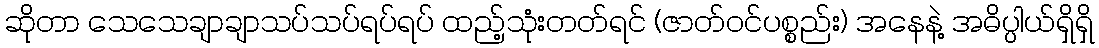
ဆိုတာ သေသေချာချာသပ်သပ်ရပ်ရပ် ထည့်သုံးတတ်ရင် (ဇာတ်ဝင်ပစ္စည်း) အနေနဲ့ အဓိပ္ပါယ်ရှိရှိ